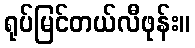
ရုပ်မြင်တယ်လီဖုန်း။